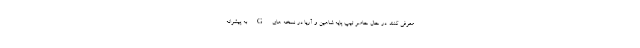
معرفی کنند. در حال حاضر تیپ پایه شاهین و آریا در نسخه های G به پیشرانه